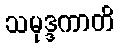
သမုဒ္ဒကာတိ